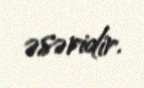
əsəridir.